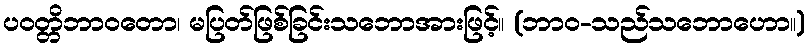
ပဝတ္တိဘာဝတော၊ မပြတ်ဖြစ်ခြင်းသဘောအားဖြင့်။ (ဘာဝ-သည်သဘောဟော။)